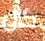
كان